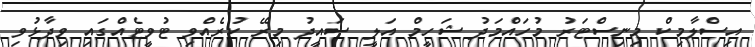
އިސްލާމިކް މިނިސްޓަރު މުހައްމަދު ޝަހީމް އަލީ ސައީދު މިރޭ ކުރެއްވި ޓުވީޓެއްގައި ވިދާޅުވި